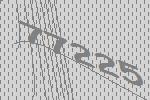
77225